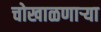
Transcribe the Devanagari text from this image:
चोखाळणाऱ्या